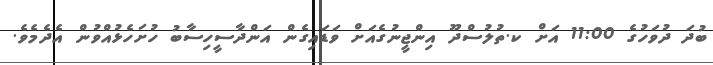
ބުދަ ދުވަހުގެ 11:00 އަށް ކ.ތުލުސްދޫ އިންޖީނުގެއަށް ވަޑައިގެން އަންދާސީހިސާބު ހުށަހެޅުއްވުން އެދެމެވެ.